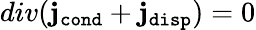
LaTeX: div({\mathbf j}_{\tt cond}+{\mathbf j}_{\tt disp})=0